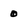
Character: 0